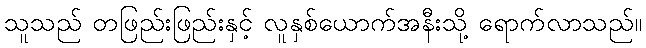
သူသည် တဖြည်းဖြည်းနှင့် လူနှစ်ယောက်အနီးသို့ ရောက်လာသည်။